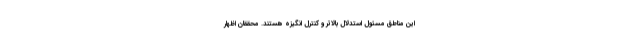
این مناطق مسئول استدلال بالاتر و کنترل انگیزه هستند. محققان اظهار